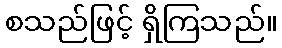
စသည်ဖြင့် ရှိကြသည်။